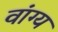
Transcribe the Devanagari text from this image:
वांग्य